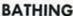
BATHING